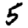
Digit: 5